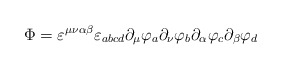
\begin{align*}\Phi = \varepsilon^{\mu\nu\alpha\beta} \varepsilon_{abcd} \partial_{\mu} \varphi_{a} \partial_{\nu} \varphi_{b} \partial_{\alpha} \varphi_{c} \partial_{\beta} \varphi_{d}\end{align*}